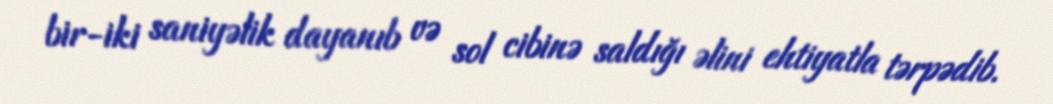
bir-iki saniyəlik dayanıb və sol cibinə saldığı əlini ehtiyatla tərpədib.